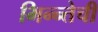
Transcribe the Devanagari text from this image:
भिन्न्तेची